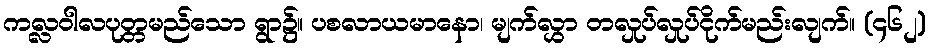
ကလ္လဝါလပုတ္တမည်သော ရွာ၌။ ပစလာယမာနော၊ မျက်လွှာ တလှုပ်လှုပ်ငိုက်မည်းလျက်။ (၄၆၂)